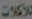
للأكلات